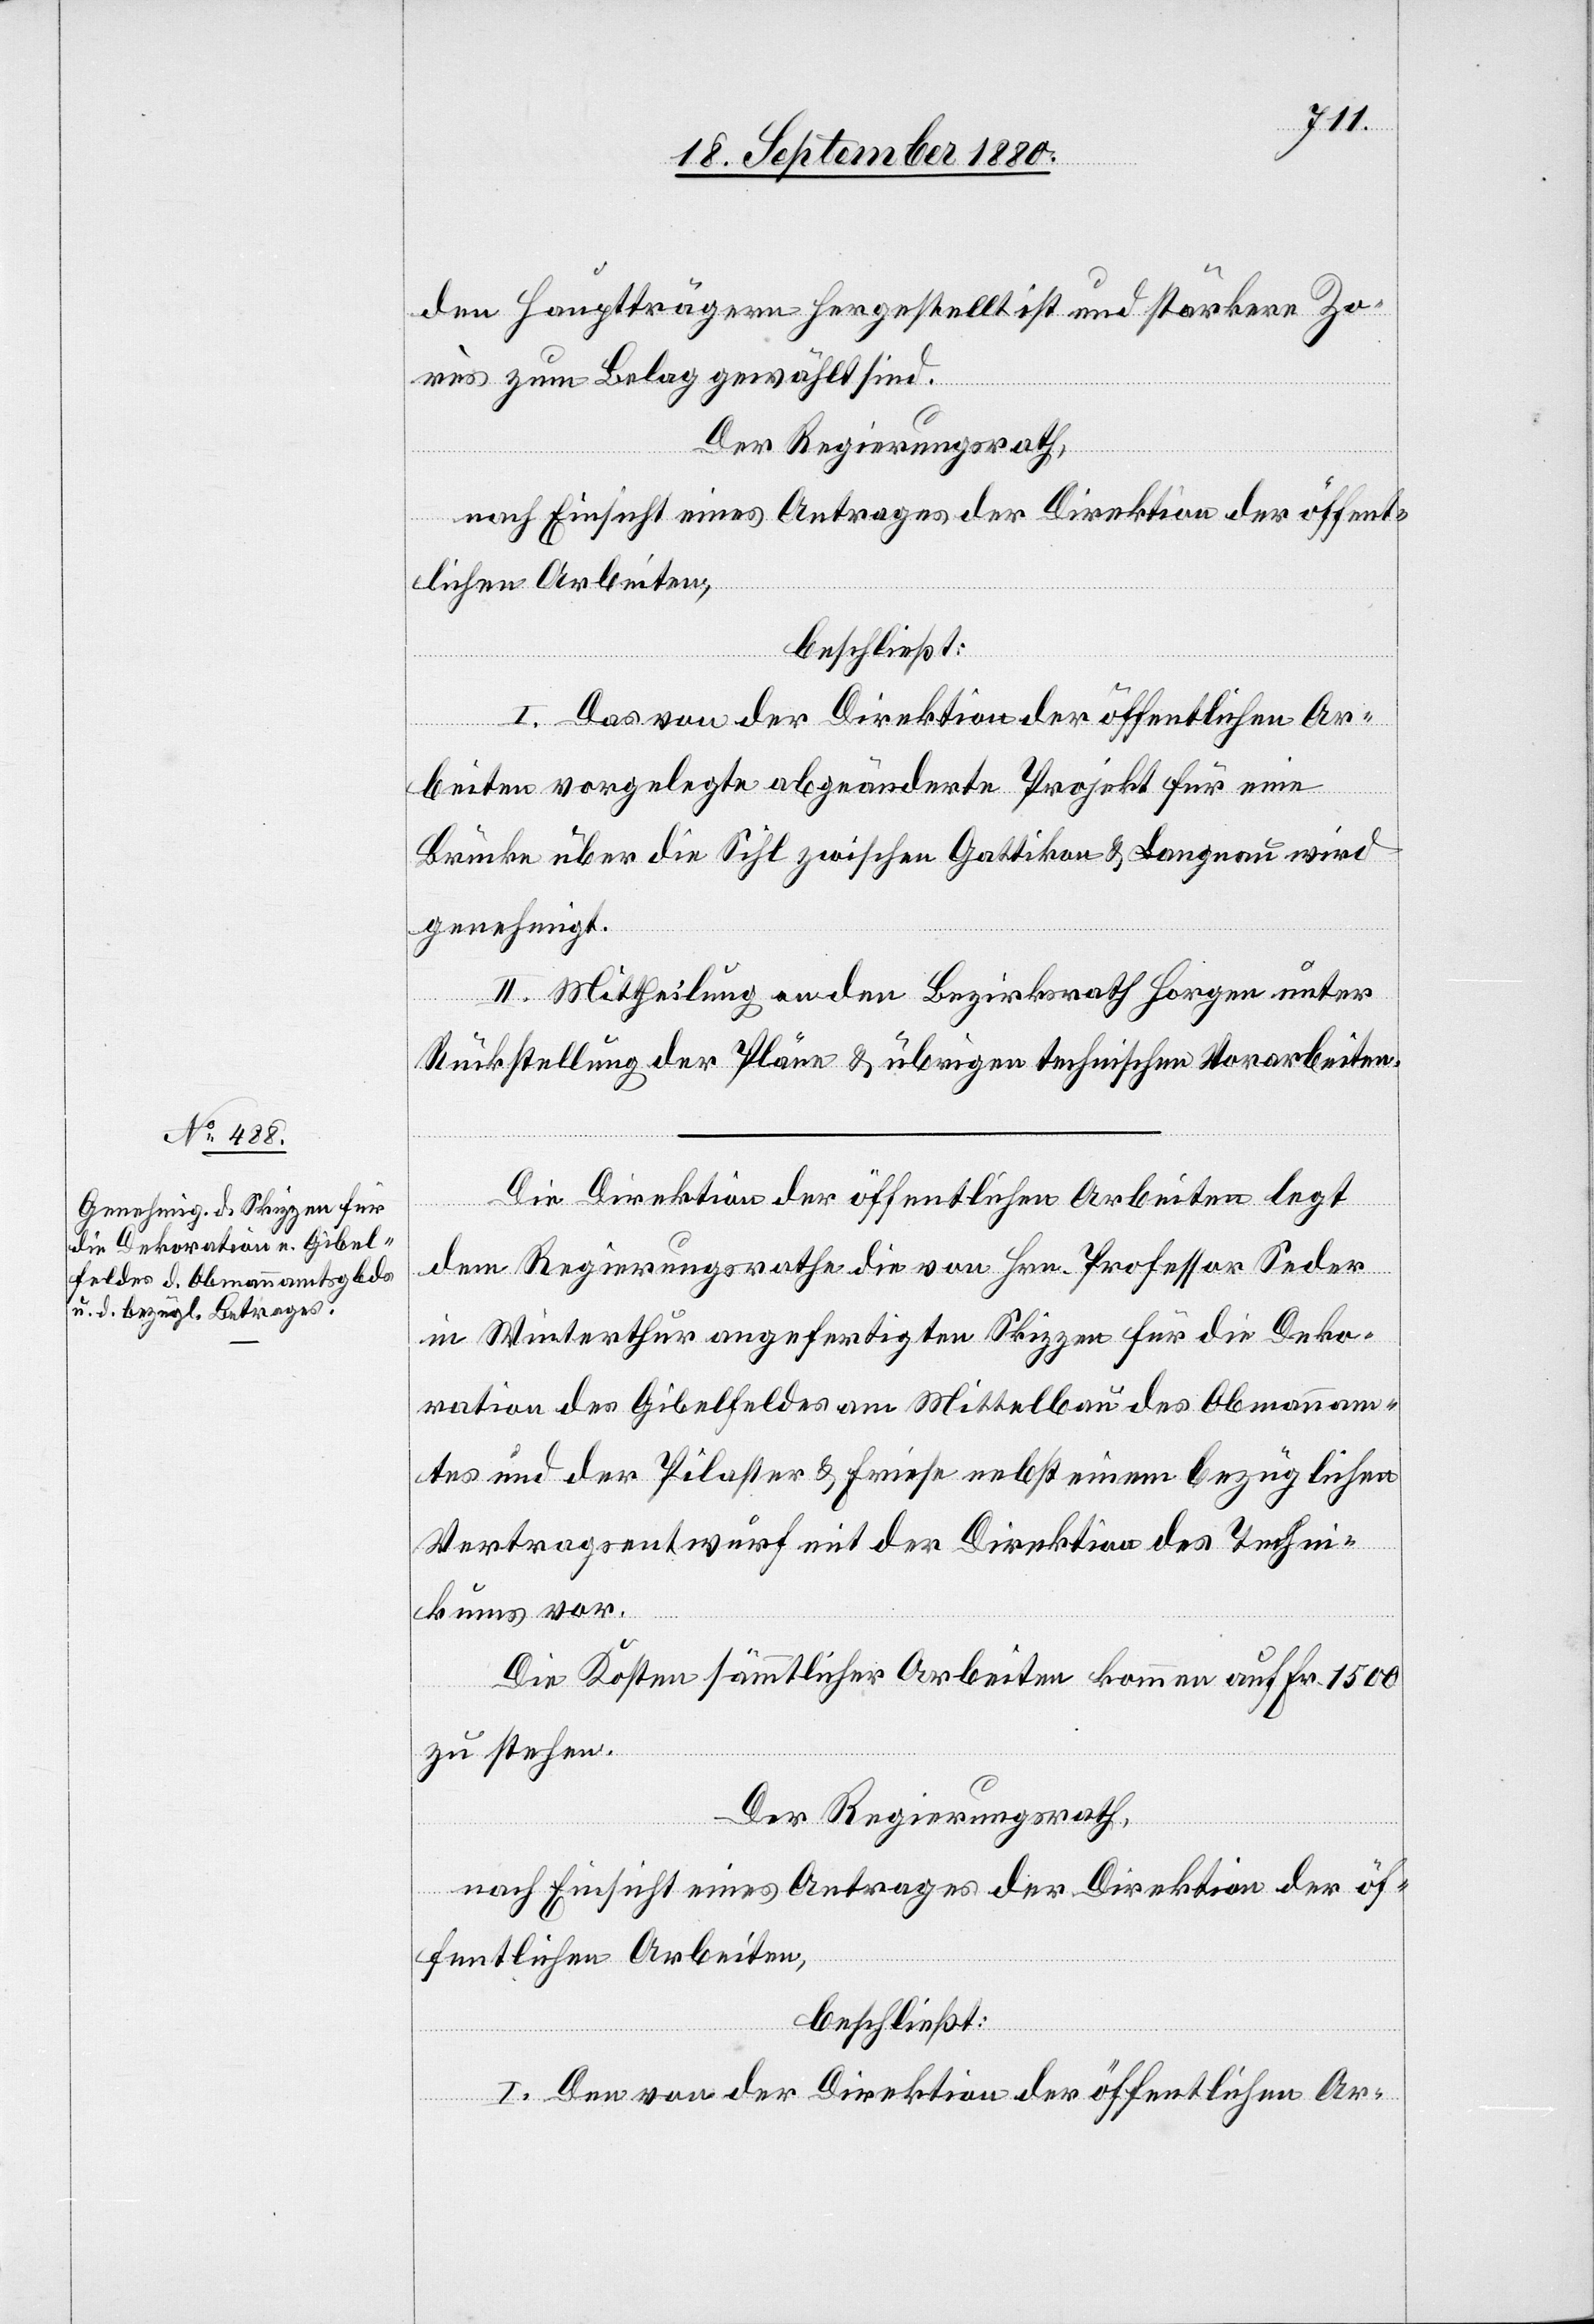
den Hauptträgern hergestellt ist und stärkere Zo¬
rus zum Belag gewählt sind.
Der Regierungsrath,
nach Einsicht eines Antrages der Direktion der öffent¬
lichen Arbeiten,
beschließt:
I. Das von der Direktion der öffentlichen Ar¬
beiten vorgelegte abgeänderte Projekt für eine
Brücke über die Sihl zwischen Gattikon & Langnau wird
genehmigt.
II. Mittheilung an den Bezirksrath Horgen unter
Rückstellung der Pläne & übrigen technischen Vorarbeiten.
Die Direktion der öffentlichen Arbeiten legt
dem Regierungsrathe die von Hrn. Professor Seder
in Winterthur angefertigten Skizzen für die Deko¬
ration des Gibelfeldes am Mittelbau des Obmannam¬
tes und der Pilaster & Friese nebst einem bezüglichen
Vertragsentwurf mit der Direktion des Techni¬
kums vor.
Die Kosten sämmtlicher Arbeiten kommen auf Fr. 1500
zu stehen.
Der Regierungsrath,
nach Einsicht eines Antrages der Direktion der öf¬
fentlichen Arbeiten,
beschließt:
I. Den von der Direktion der öffentlichen Ar-